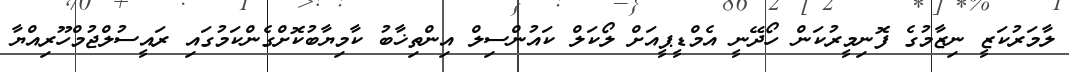
ލާމަރުކަޒީ ނިޒާމުގެ ފޮނިމީރުކަން ހޯދޭނީ އެމްޑީޕީއަށް ލޯކަލް ކައުންސިލް އިންތިޚާބު ކާމިޔާބުކޮށްގެންކަމުގައި ރައީސުލްޖުމްހޫރިއްޔާ